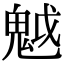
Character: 魆